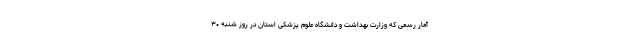
آمار رسمی که وزارت بهداشت و دانشگاه علوم پزشکی استان در روز شنبه ۳۰